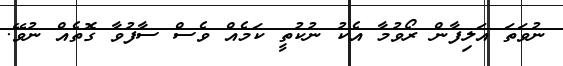
ނުވަތަ އަލިފާން ރޯވުމާ އެކު ނުކުތީ ކަމެއް ވެސް ސާފުވާ ގޮތެއް ނުވޭ.